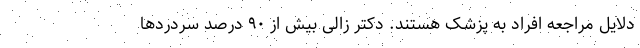
دلایل مراجعه افراد به پزشک هستند. دکتر زالی بیش از ۹۰ درصد سردردها